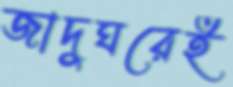
জাদুঘরেই